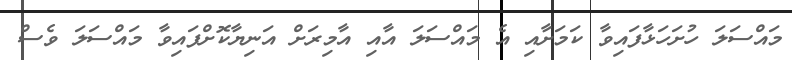
މައްސަލަ ހުށަހަޅާފައިވާ ކަމަށާއި އެ މައްސަލަ އާއި އާމިރަށް އަނިޔާކޮށްފައިވާ މައްސަލަ ވެސް